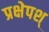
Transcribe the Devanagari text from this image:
प्रक्षेपश्